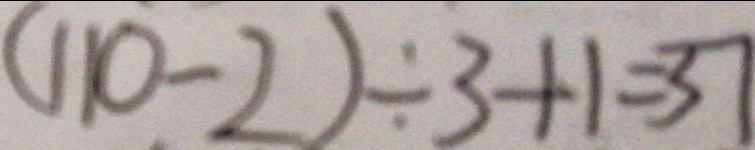
( 1 1 0 - 2 ) \div 3 + 1 = 3 7